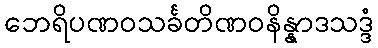
ဘေရိပဏဝသင်္ခတိဏဝနိန္နာဒသဒ္ဒံ